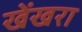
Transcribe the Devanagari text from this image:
खेंखरा